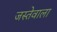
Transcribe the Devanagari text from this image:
जस्तेवाला